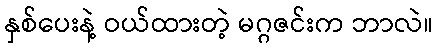
နှစ်ပေးနဲ့ ဝယ်ထားတဲ့ မဂ္ဂဇင်းက ဘာလဲ။